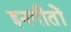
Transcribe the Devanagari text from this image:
इनगीतों